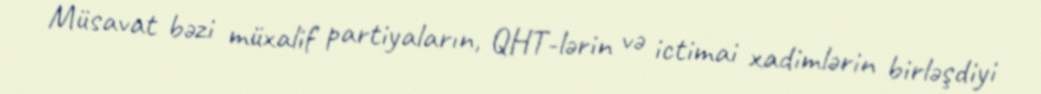
Müsavat bəzi müxalif partiyaların, QHT-lərin və ictimai xadimlərin birləşdiyi